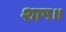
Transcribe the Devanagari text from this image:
शाप॥